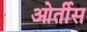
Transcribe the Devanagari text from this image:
ओर्तीस